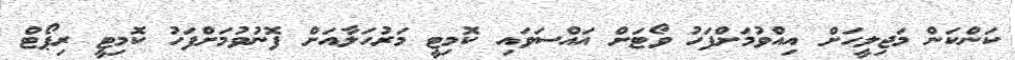
ކަންކަން މަޖިލީހަށް އިއްވުމަށްފަހު ވޯޓަށް އައްސަވައި ކޮމިޓީ މަރުހަަލާއަށް ފޮނުވުމަށްފަހު ކޮމިޓީ ރިޕޯޓް